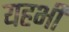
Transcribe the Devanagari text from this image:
यहभी